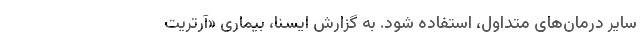
سایر درمان‌های متداول، استفاده شود. به گزارش ایسنا، بیماری «آرتریت